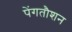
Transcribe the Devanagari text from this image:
पेंगतौशन